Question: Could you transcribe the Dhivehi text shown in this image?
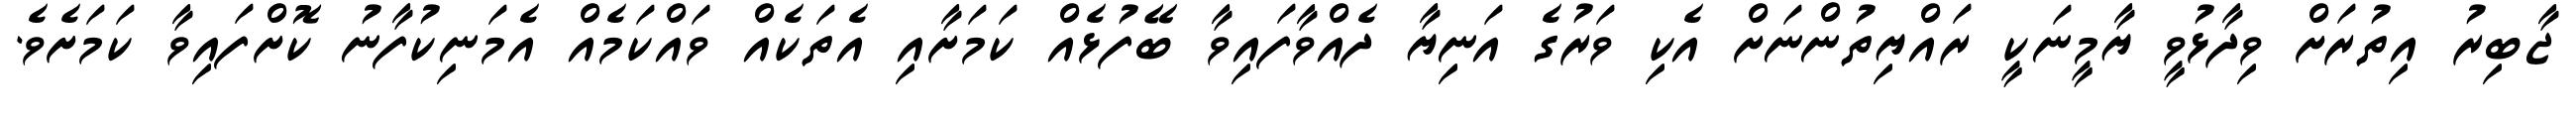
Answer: ޖާބިރު އިތުރަށް ވިދާޅުވީ ޔާމީނަކީ ރައްޔިތުންނަށް އެކި ވަރުގެ އަނިޔާ ދެއްވާފައިވާ ބޭފުޅެއް ކަމަށާއި އެތަކެއް ވައްކަމެއް އެމަނިކުފާނު ކޮށްފައިވާ ކަމަށެވެ.